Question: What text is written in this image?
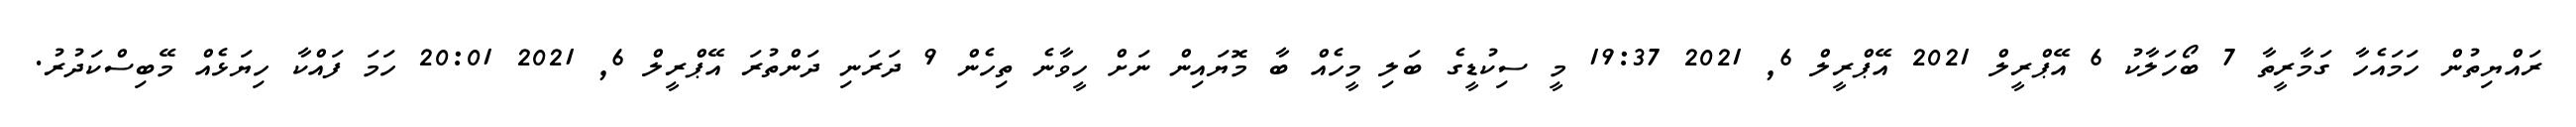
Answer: ރައްޔިތުން ހަމައެހާ ގަމާރީތާ 7 ބޯހަލާކު 6 އޭޕްރީލް 2021 އޭޕްރީލް 6, 2021 19:37 މީ ސިކުޑީގެ ބަލި މީހެއް ބާ މޮޔައިން ނަށް ހީވާނެ ތިހެން 9 ދަރަނި ދަންތުރަ އޭޕްރީލް 6, 2021 20:01 ހަމަ ފައްކާ ހިޔަޅެއް މޭބިސްކަދުރު.